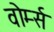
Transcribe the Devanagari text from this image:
वोर्म्स